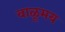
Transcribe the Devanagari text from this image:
वाळूमय